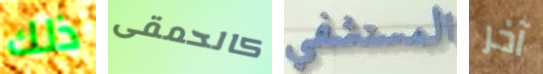
ذلك كالحمقى المستشفى آخر